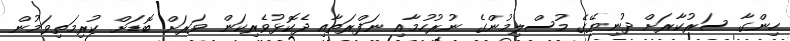
ހިންގާ ސަރުކާރަށް ދުނިޔޭގެ މުސްލިމުންގެ ނުރުހުމާއި ނަފްރަތާއި ދެކޮޅުވެރިކަން ވަރަށް ބޮޑަށް ކުރިމަތިވަމުން